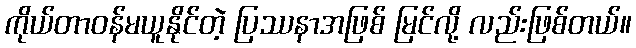
ကိုယ်တာဝန်မယူနိုင်တဲ့ ပြဿနာအဖြစ် မြင်လို့ လည်းဖြစ်တယ်။